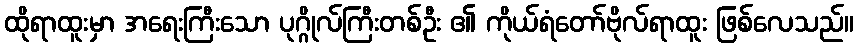
ထိုရာထူးမှာ အရေးကြီးသော ပုဂ္ဂိုလ်ကြီးတစ်ဦး ၏ ကိုယ်ရံတော်ဗိုလ်ရာထူး ဖြစ်လေသည်။